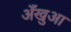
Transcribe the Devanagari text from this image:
अँखुआ